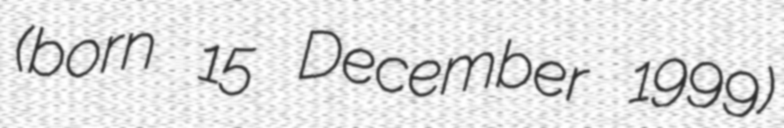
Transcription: (born 15 December 1999)